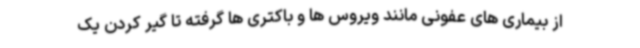
از بیماری های عفونی مانند ویروس ها و باکتری ها گرفته تا گیر کردن یک